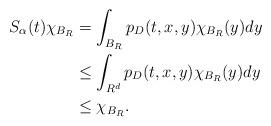
LaTeX: \begin{align*}S_{\alpha}(t)\chi_{B_{R}}&=\int_{B_{R}}p_{D}(t,x,y)\chi_{B_{R}}(y)dy\\&\leq \int_{R^{d}}p_{D}(t,x,y)\chi_{B_{R}}(y)dy\\&\leq \chi_{B_{R}}.\end{align*}